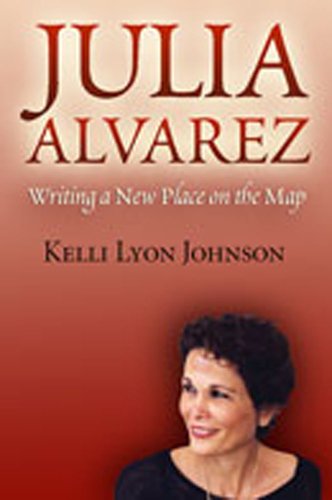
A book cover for Julia Alvarez: Writing a New Place on the Map; Kelli Lyon Johnson; Travel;